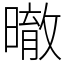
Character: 㬚